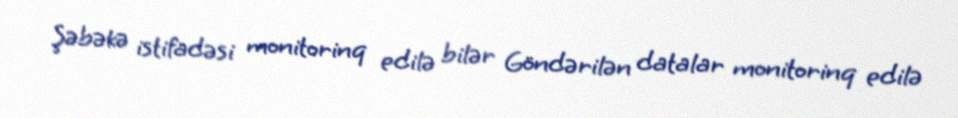
Şəbəkə istifadəsi monitorinq edilə bilər Göndərilən datalar monitorinq edilə